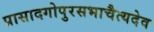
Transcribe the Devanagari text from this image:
प्रासादगोपुरसभाचैत्यदेव